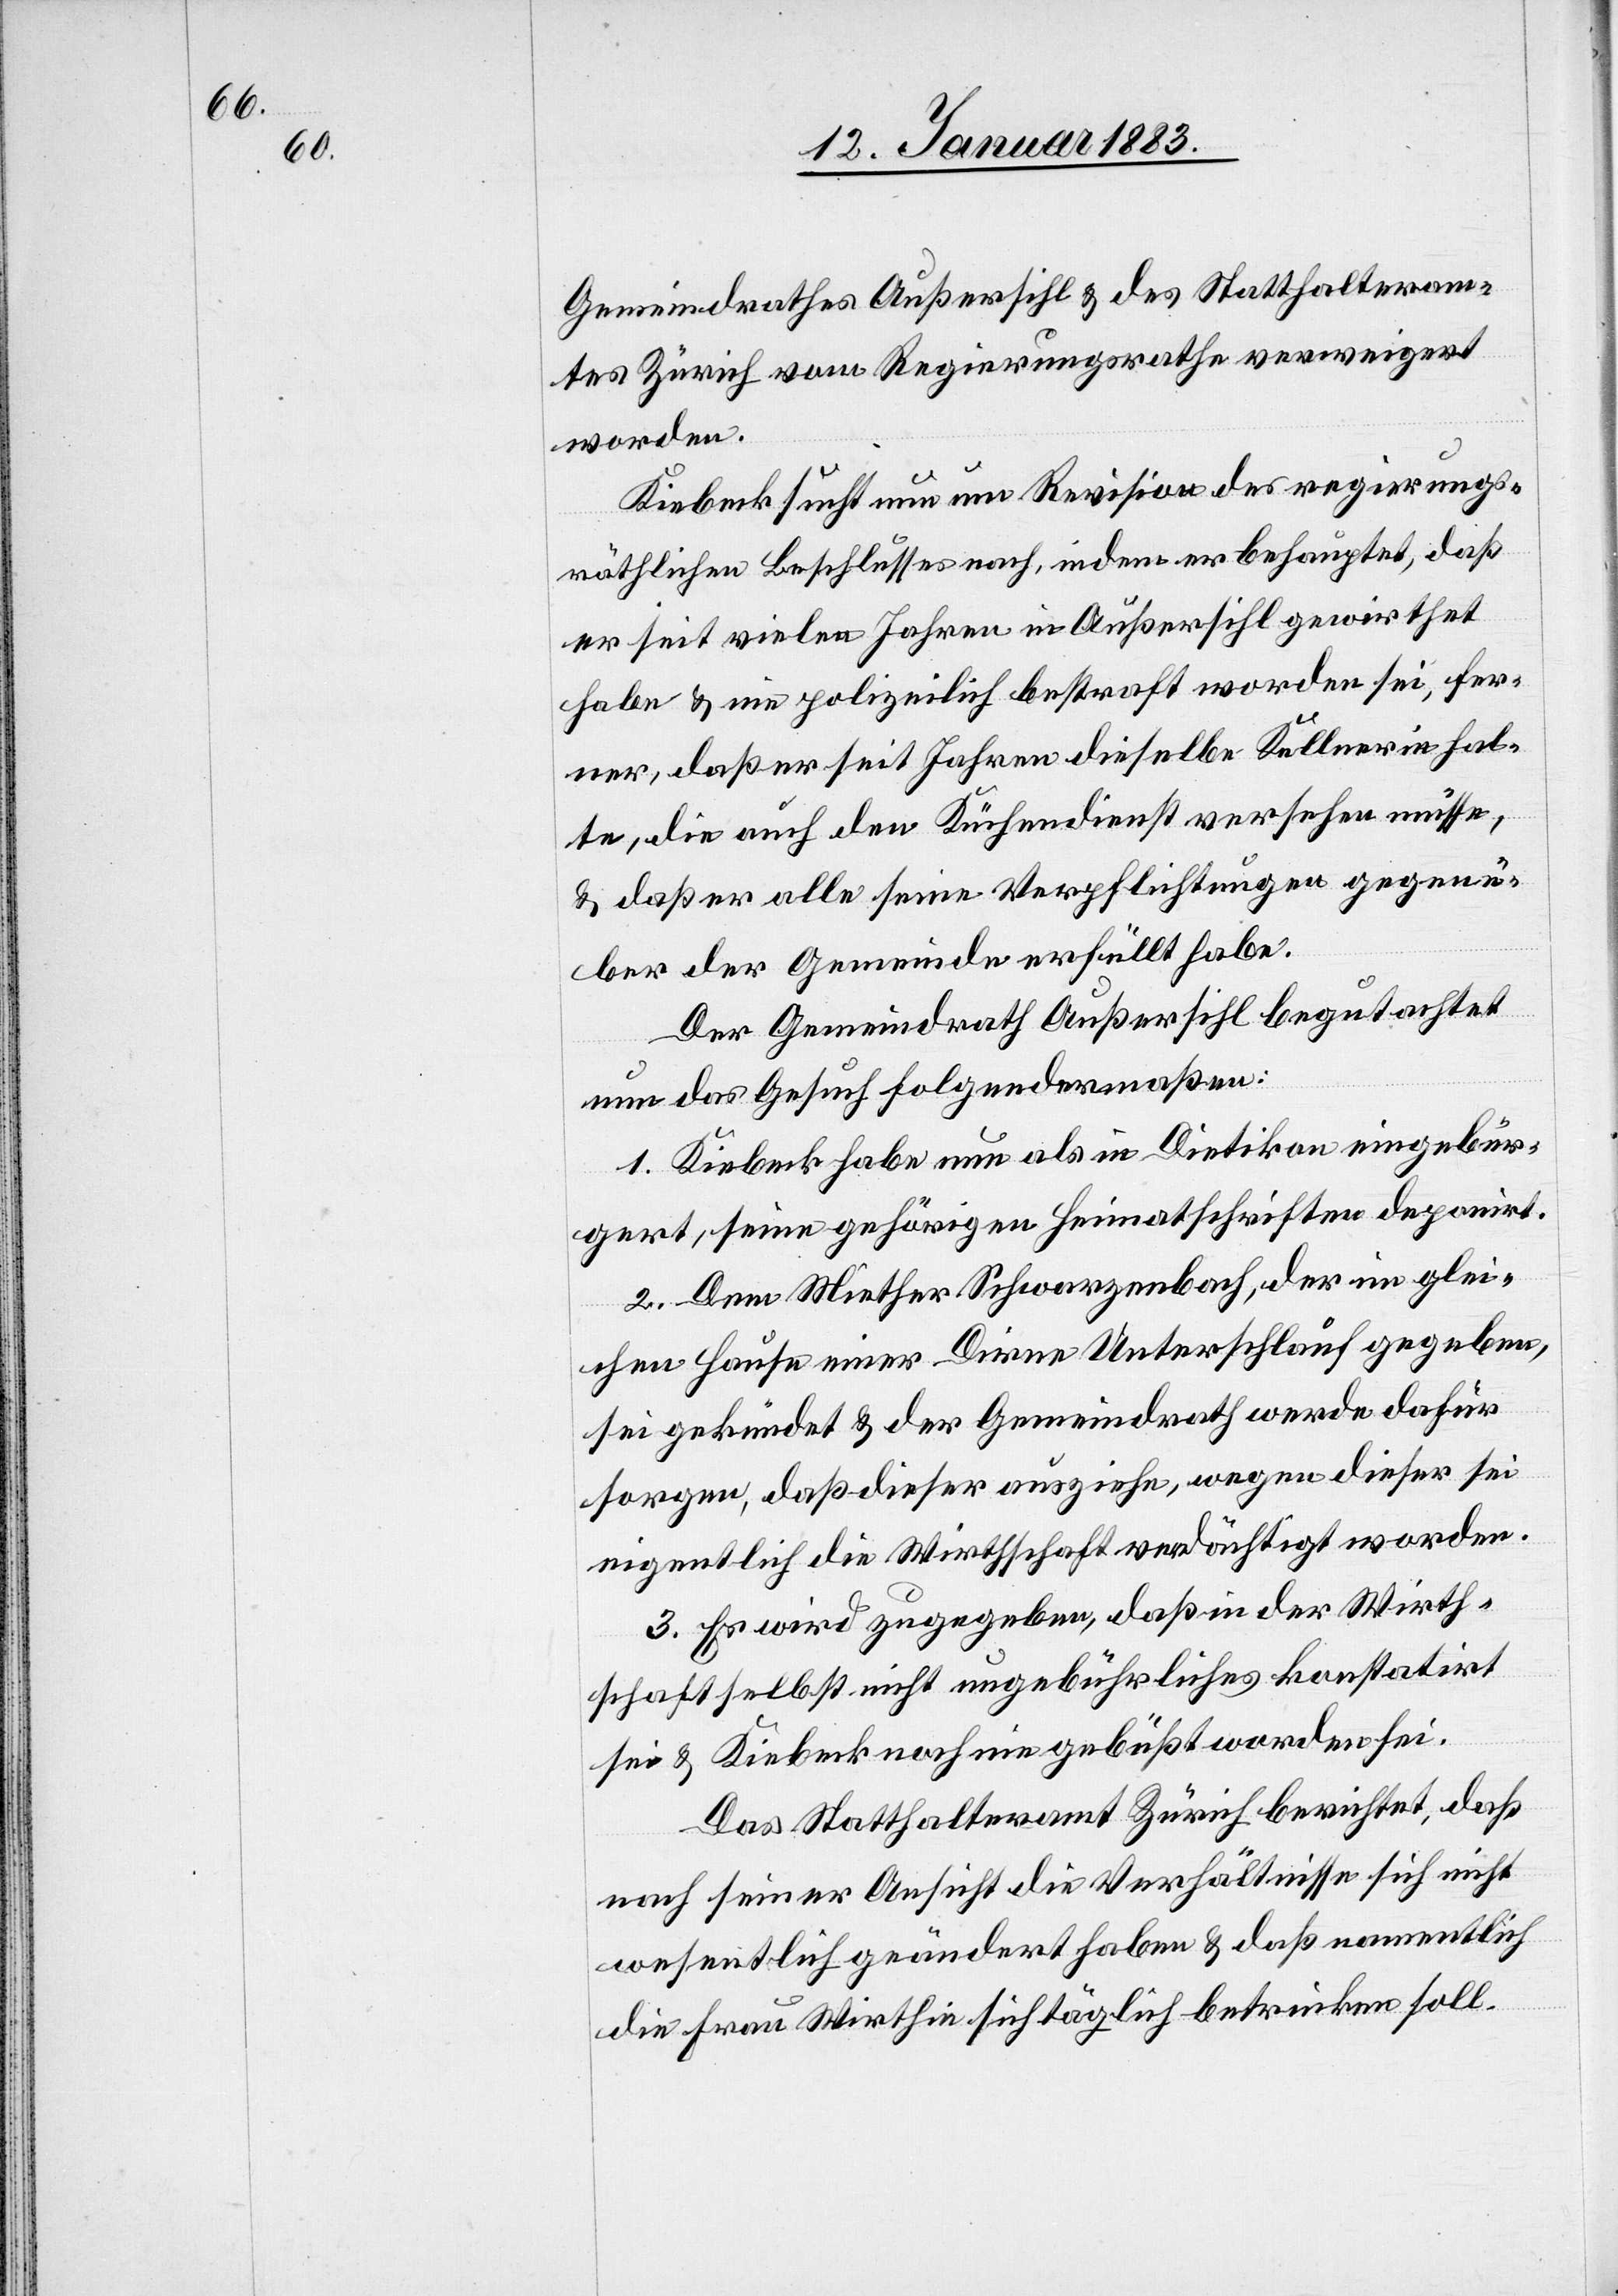
Gemeindrathes Außersihl & des Statthalteram¬
tes Zürich vom Regierungsrathe verweigert
worden.
Kiebeck sucht nun um Revision des regierungs¬
räthlichen Beschlusses nach, indem er behauptet, daß
er seit vielen Jahren in Außersihl gewirthet
habe & nie polizeilich bestraft worden sei, fer¬
ner, daß er seit Jahren dieselbe Kellnerin hat¬
te, die auch den Küchendienst versehen müsse,
& daß er alle seine Verpflichtungen gegen¬
über der Gemeinde erfüllt habe.
Der Gemeindrath Außersihl begutachtet
nun das Gesuch folgendermaßen:
1. Kiebeck habe nun als in Dietikon eingebür¬
gert, seine gehörigen Heimatschriften deponirt.
2. Dem Miether Schwarzenbach, der im glei¬
chen Hause einer Dirne Unterschlauf gegeben,
sei gekündet & der Gemeindrath werde dafür
sorgen, daß dieser ausziehe, wegen dieser sei
eigentlich die Wirthschaft verdächtigt worden.
3. Es wird zugegeben, daß in der Wirth¬
schaft selbst nicht ungebührliches konstatirt
sei & Kiebeck noch nie gebüßt worden sei.
Das Statthalteramt Zürich berichtet, daß
nach seiner Ansicht die Verhältnisse sich nicht
wesentlich geändert haben & daß namentlich
die Frau Wirthin sich täglich betrinken soll.